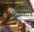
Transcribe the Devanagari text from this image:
श्रीजीत